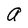
Character: a